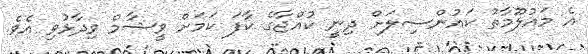
އެ މައުލޫމާތު ކައުންސިލަށް ދިނީ ކުއްޖާގެ ކާފަ ކަމަށް ވީޝާމް ވިދާޅުވި އެވެ.